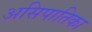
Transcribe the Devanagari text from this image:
असिपातिका